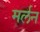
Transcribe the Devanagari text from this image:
मर्लन